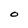
Character: O